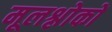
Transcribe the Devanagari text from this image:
मूलश्लोकों